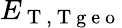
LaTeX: E_{\mathrm{~T~,~T~g~e~o~}}